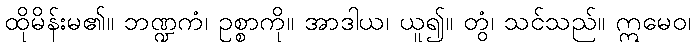
ထိုမိန်းမ၏။ ဘဏ္ဍကံ၊ ဥစ္စာကို။ အာဒါယ၊ ယူ၍။ တွံ၊ သင်သည်။ ဣမေဝ၊